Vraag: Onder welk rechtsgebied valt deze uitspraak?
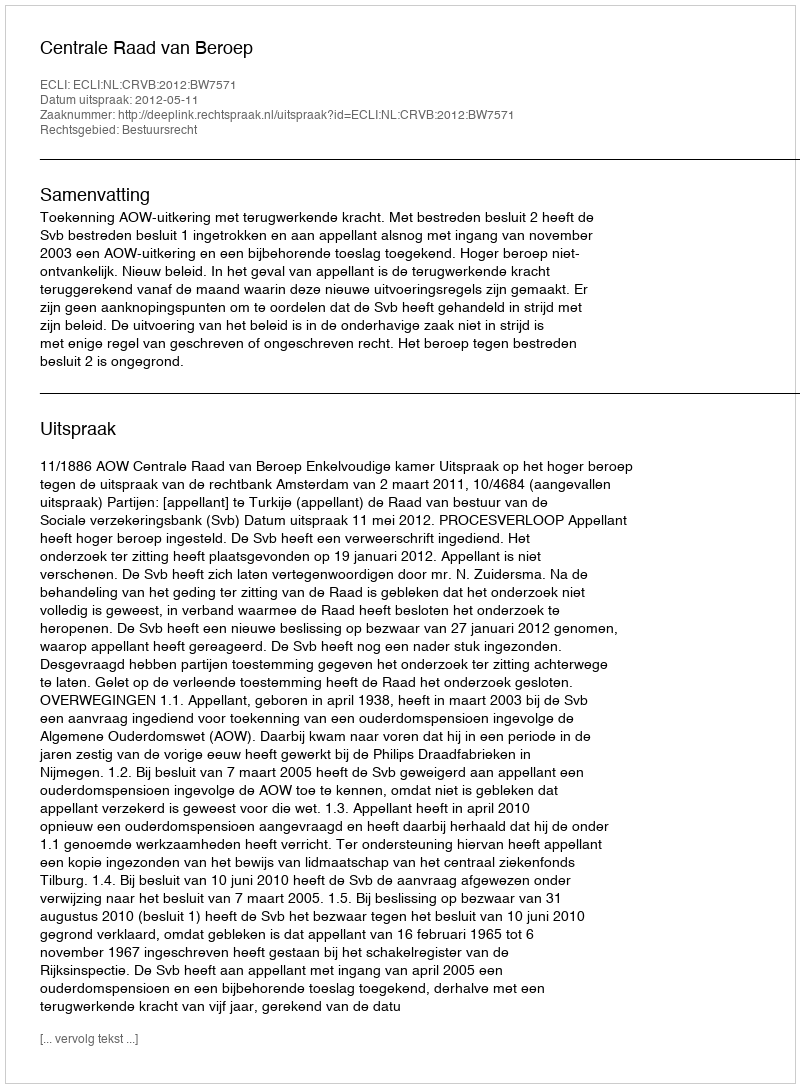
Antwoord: Bestuursrecht